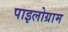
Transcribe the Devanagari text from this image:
पाइलोग्राम